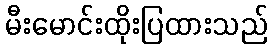
မီးမောင်းထိုးပြထားသည်